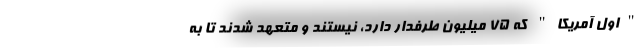
"اول آمریکا" که ۷۵ میلیون طرفدار دارد، نیستند و متعهد شدند تا به